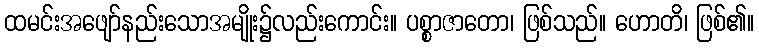
ထမင်းအဖျော်နည်းသောအမျိုး၌လည်းကောင်း။ ပစ္စာဇာတော၊ ဖြစ်သည်။ ဟောတိ၊ ဖြစ်၏။